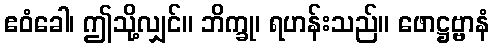
ဧဝံခေါ၊ ဤသို့လျှင်။ ဘိက္ခု၊ ရဟန်းသည်။ ဖောဋ္ဌဗ္ဗာနံ